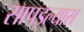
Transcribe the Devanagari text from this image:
सापड्ल्यास